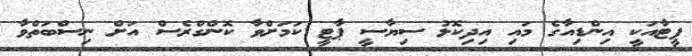
ޕީޓާއަކީ އިންޑިއާގެ މައި އިދިކޮޅު ސިޔާސީ ޕާޓީ ކަމަށްވާ ކޮންގްރެސް އަށް ނިސްބަތްވާ